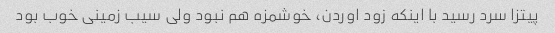
پیتزا سرد رسید با اینکه زود اوردن، خوشمزه هم نبود ولی سیب زمینی خوب بود